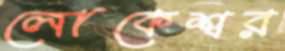
লোকেশ্বর